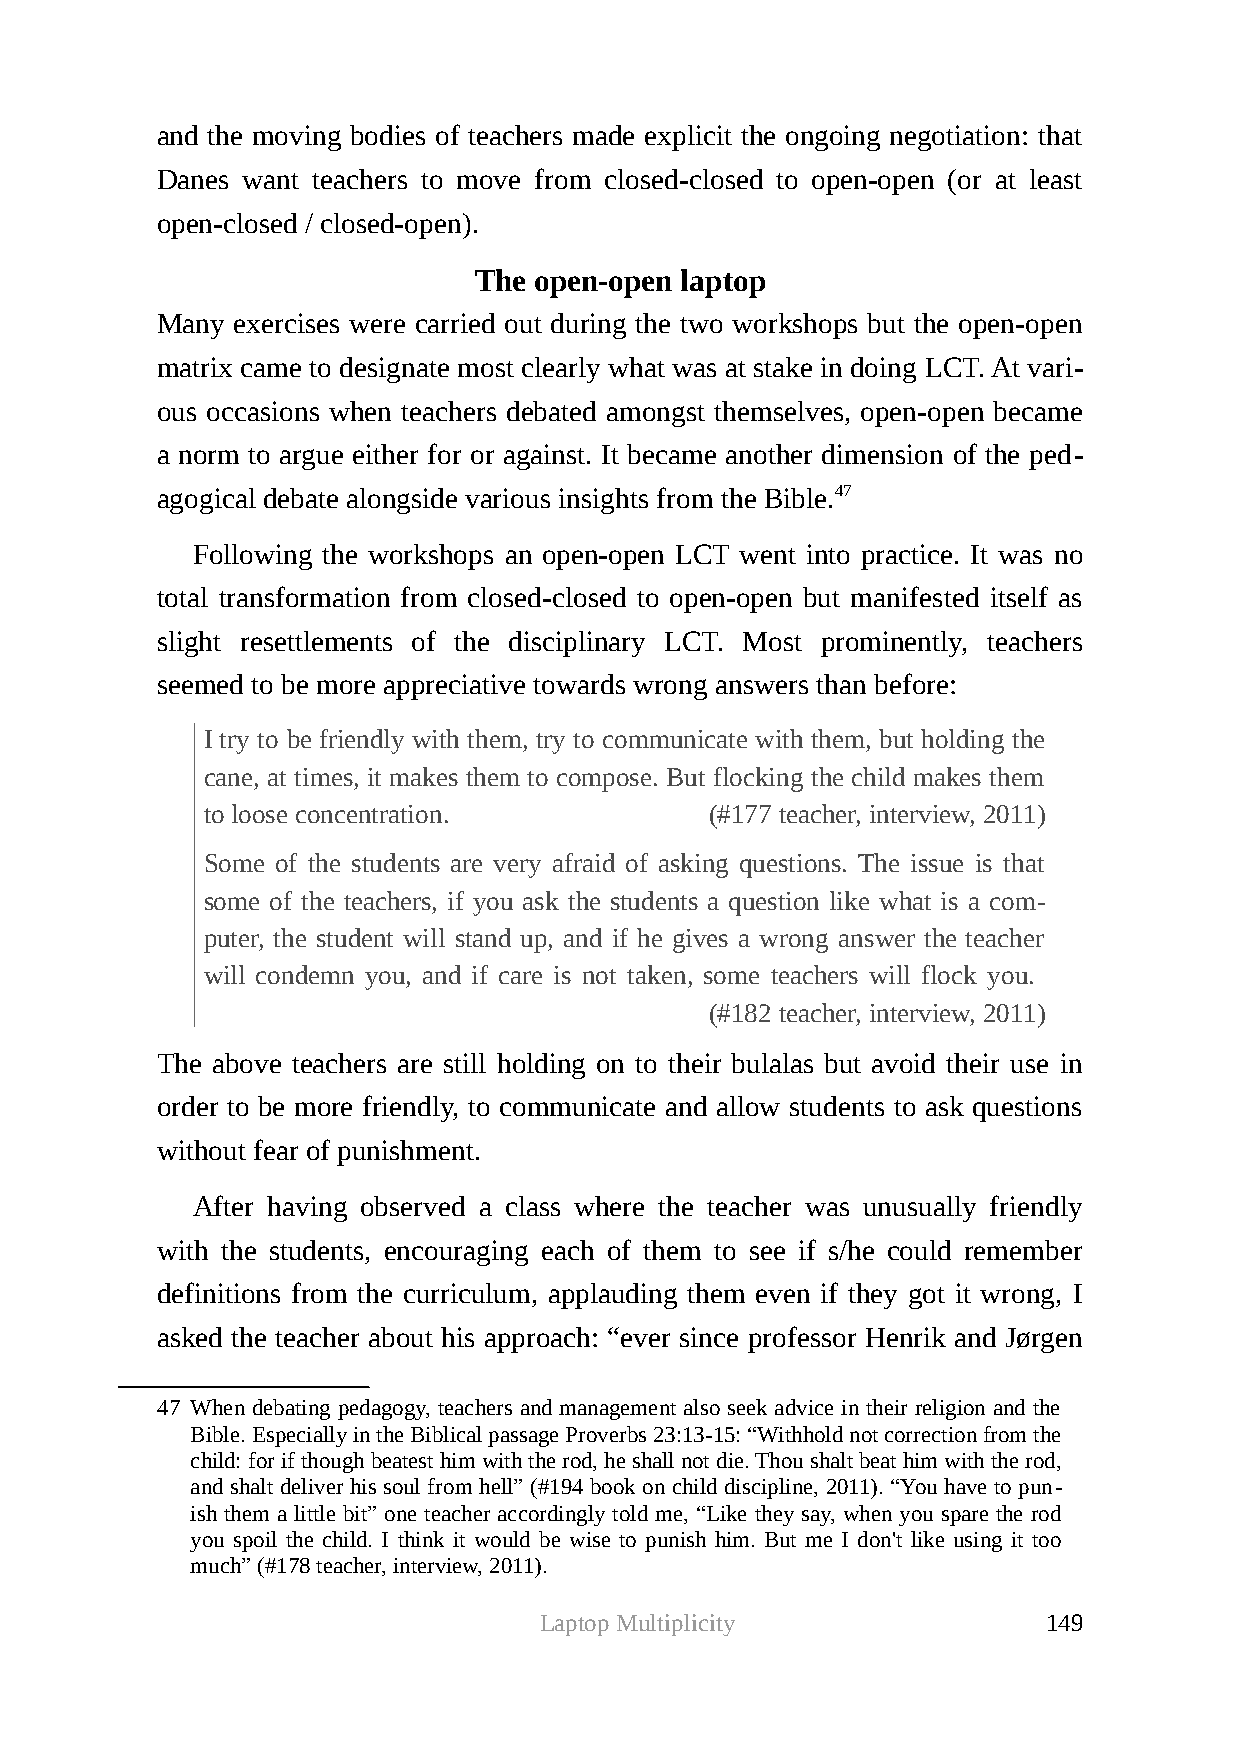
and the moving bodies of teachers made explicit the ongoing negotiation: that
 Danes want teachers to move from closed-closed to open-open (or at least
 open-closed / closed-open).
 The open-open laptop
 Many  exercises were carried out during the two workshops but the open-open
 matrix came to designate most clearly what was at stake in doing LCT. At vari-
 ous occasions when teachers debated amongst themselves, open-open became
 a norm to argue either for or against. It became another dimension of the ped-
 agogical debate alongside various insights from the Bible.47
 Following the workshops an open-open LCT went into practice. It was no
 total transformation from closed-closed to open-open but manifested itself as
 slight resettlements of the disciplinary LCT. Most prominently, teachers
 seemed to be more appreciative towards wrong answers than before:
 I try to be friendly with them, try to communicate with them, but holding the
 cane, at times, it makes them to compose. But flocking the child makes them
 to loose concentration.          (#177 teacher, interview, 2011)
 Some of the students are very afraid of asking questions. The issue is that
 some of the teachers, if you ask the students a question like what is a com-
 puter, the student will stand up, and if he gives a wrong answer the teacher
 will condemn you, and if care is not taken, some teachers will flock you.
 (#182 teacher, interview, 2011)
 The above teachers are still holding on to their bulalas but avoid their use in
 order to be more friendly, to communicate and allow students to ask questions
 without fear of punishment.
 After having observed a class where the teacher was unusually friendly
 with the students, encouraging each of them to see if s/he could remember
 definitions from the curriculum, applauding them even if they got it wrong, I
 asked the teacher about his approach: “ever since professor Henrik and Jørgen
 47 When debating pedagogy, teachers and management also seek advice in their religion and the
 Bible. Especially in the Biblical passage Proverbs 23:13-15: “Withhold not correction from the
 child: for if though beatest him with the rod, he shall not die. Thou shalt beat him with the rod,
 and shalt deliver his soul from hell” (#194 book on child discipline, 2011). “You have to pun-
 ish them a little bit” one teacher accordingly told me, “Like they say, when you spare the rod
 you spoil the child. I think it would be wise to punish him. But me I don't like using it too
 much” (#178 teacher, interview, 2011).
 Laptop Multiplicity              149